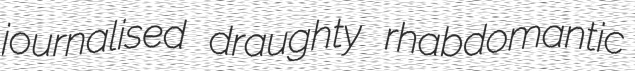
journalised draughty rhabdomantic